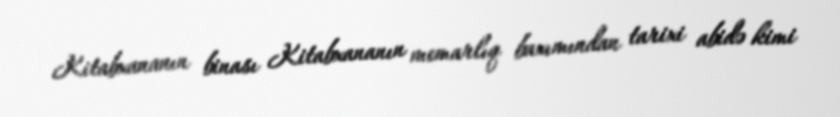
Kitabxananın binası Kitabxananın memarlıq baxımından tarixi abidə kimi